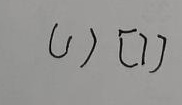
( 1 ) [ 7 ]